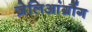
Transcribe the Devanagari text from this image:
ज़ेलिआंग्रौंग